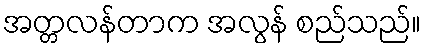
အတ္တလန်တာက အလွန် စည်သည်။